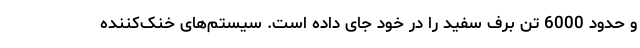
و حدود 6000 تن برف سفید را در خود جای داده است. سیستم‌های خنک‌کننده